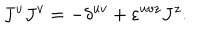
J ^ { u } J ^ { v } = - \delta ^ { u v } + \varepsilon ^ { u v z } J ^ { z } .